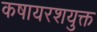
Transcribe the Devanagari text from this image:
कषायरशयुक्त